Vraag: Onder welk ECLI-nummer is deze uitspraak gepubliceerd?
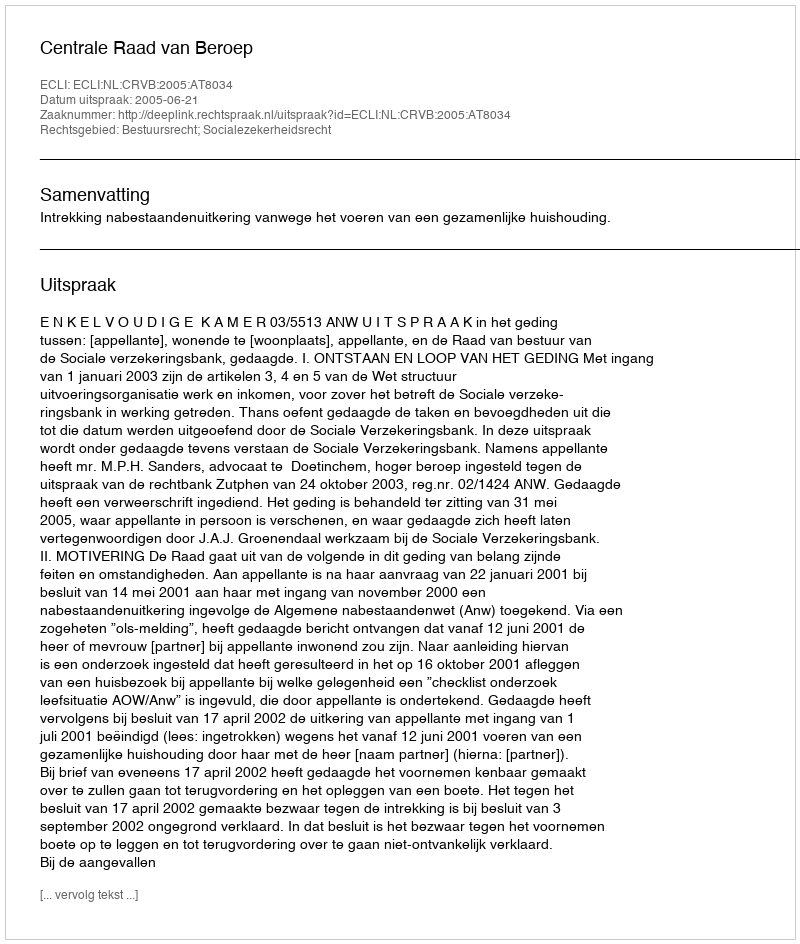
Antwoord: ECLI:NL:CRVB:2005:AT8034